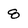
Character: 8